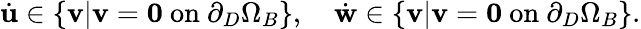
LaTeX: \begin{array}{r}{\dot{\mathbf{u}}\in\lbrace\mathbf{v}|\mathbf{v}=\mathbf{0}\ \mathrm{on}\ \partial_{D}\Omega_{B}\rbrace,\quad\dot{\mathbf{w}}\in\lbrace\mathbf{v}|\mathbf{v}=\mathbf{0}\ \mathrm{on}\ \partial_{D}\Omega_{B}\rbrace.}\end{array}